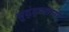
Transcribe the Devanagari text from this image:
मुद्द्पलानी